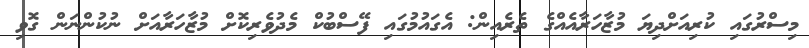
މިސްރުގައި ކުރިއަށްދިޔަ މުޒާހަރާއެއްގެ ތެރެއިން: އެގައުމުގައި ފޭސްބުކް މެދުވެރިކޮށް މުޒާހަރާއަށް ނުކުންނަން ގޮވި